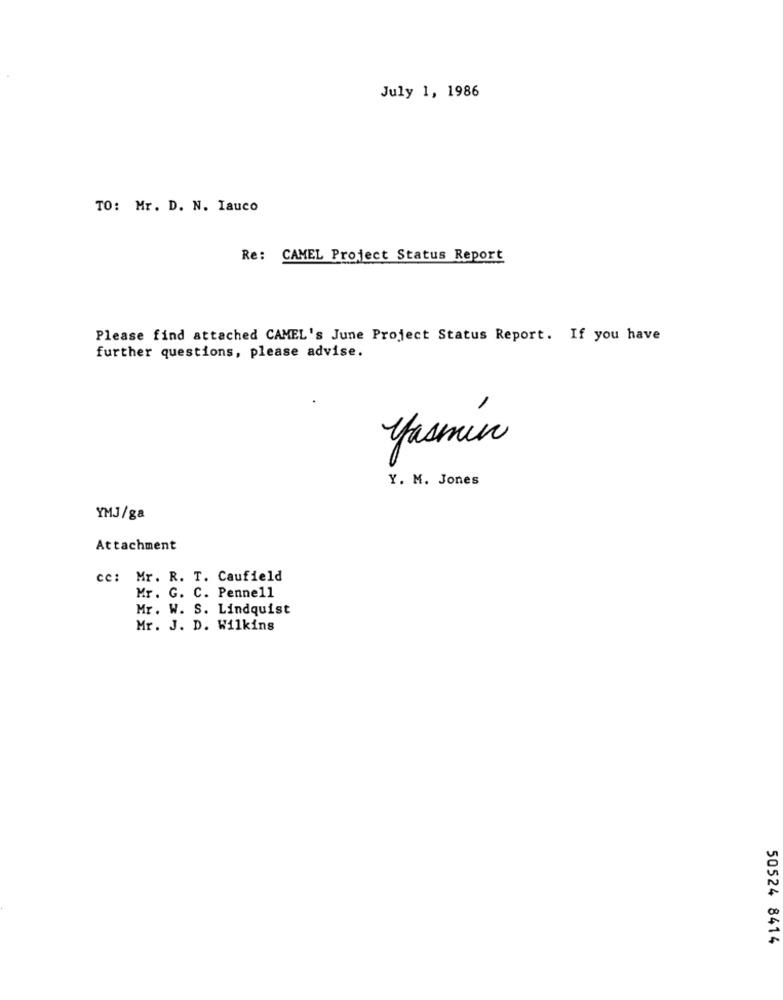
July 1, 1986
TO: Mr. D. N. Iauco
Re: CAMEL Project Status Report
Please find attached CAMEL's June Project Status Report. If you have
further questions, please advise.
yasmin
Y. M. Jones
YMJ/ga
Attachment
cc: Mr. R. T. Caufield
Mr. G. C. Penne11
Mr. W. S. Lindquist
Mr. J. D. Wilkins
50524 8414